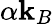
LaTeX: \alpha\mathbf{k}_{B}